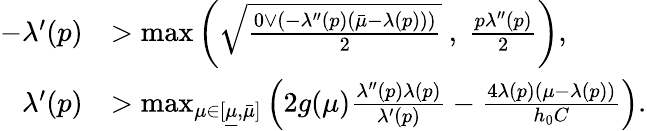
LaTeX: \begin{array}{rl}{-\lambda^{\prime}(p)}&{>\operatorname*{max}\left(\sqrt{\frac{0\vee\left(-\lambda^{\prime\prime}(p)(\bar{\mu}-\lambda(p)\right))}{2}}~,~\frac{p\lambda^{\prime\prime}(p)}{2}\right),}\\ {\lambda^{\prime}(p)}&{>\operatorname*{max}_{\mu\in[\underline{{\mu}},\bar{\mu}]}\left(2g(\mu)\frac{\lambda^{\prime\prime}(p)\lambda(p)}{\lambda^{\prime}(p)}-\frac{4\lambda(p)(\mu-\lambda(p))}{h_{0}C}\right).}\end{array}